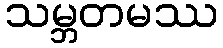
သမ္ဘတမဿ